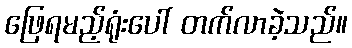
ဖြေရမည့်ရုံးပေါ် တက်လာခဲ့သည်။